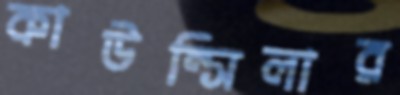
কাউন্সিলার